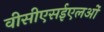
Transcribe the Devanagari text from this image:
वीसीएसईएलओं